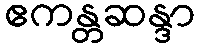
ဧကန္တဆန္ဒာ